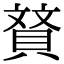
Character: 䝺